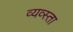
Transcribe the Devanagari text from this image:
व्यव्स्ता